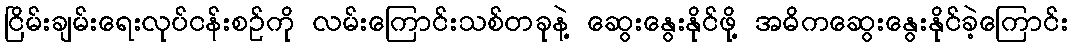
ငြိမ်းချမ်းရေးလုပ်ငန်းစဉ်ကို လမ်းကြောင်းသစ်တခုနဲ့ ဆွေးနွေးနိုင်ဖို့ အဓိကဆွေးနွေးနိုင်ခဲ့ကြောင်း